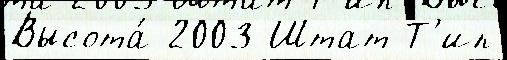
Высота́ 2003 Штат Т'ип